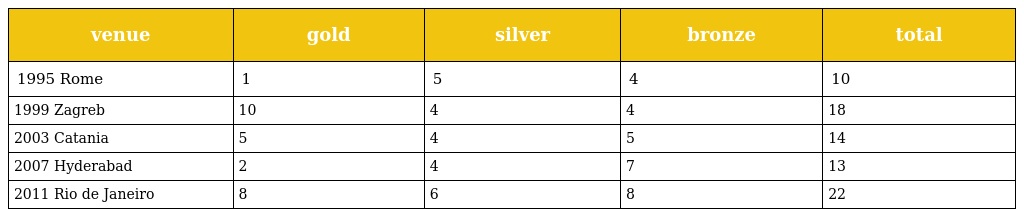
| venue | gold | silver | bronze | total |
 | --- | --- | --- | --- | --- |
 | 1995 Rome | 1 | 5 | 4 | 10 |
 | 1999 Zagreb | 10 | 4 | 4 | 18 |
 | 2003 Catania | 5 | 4 | 5 | 14 |
 | 2007 Hyderabad | 2 | 4 | 7 | 13 |
 | 2011 Rio de Janeiro | 8 | 6 | 8 | 22 |